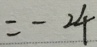
= - 2 4